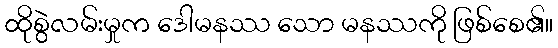
ထိုစွဲလမ်းမှုက ဒေါမနဿ သော မနဿကို ဖြစ်စေ၏။